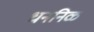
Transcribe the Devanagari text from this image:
धननिळ